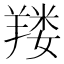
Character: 𰭚